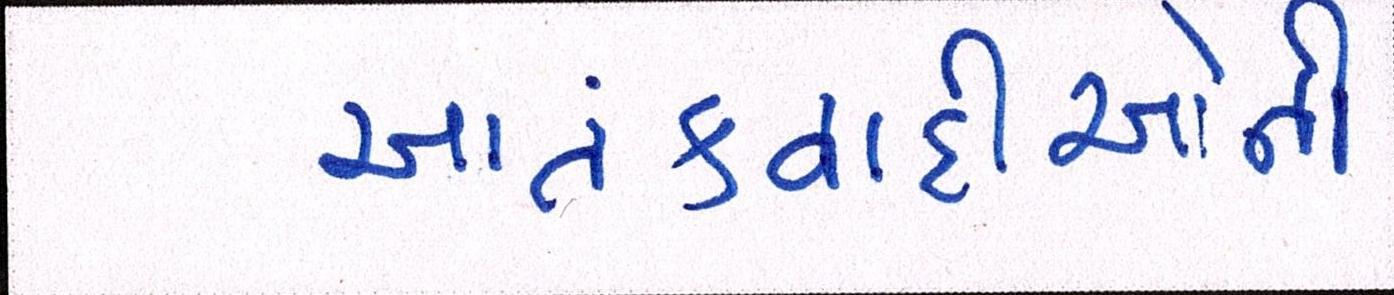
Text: આતંકવાદીઓની